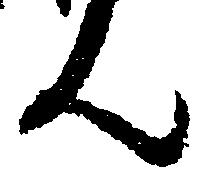
ん